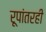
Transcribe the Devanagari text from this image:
रूपांतरही